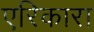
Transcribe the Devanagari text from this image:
एरिकारा